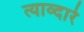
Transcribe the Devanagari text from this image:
त्याव्दारे